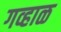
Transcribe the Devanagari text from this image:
गव्हाळ